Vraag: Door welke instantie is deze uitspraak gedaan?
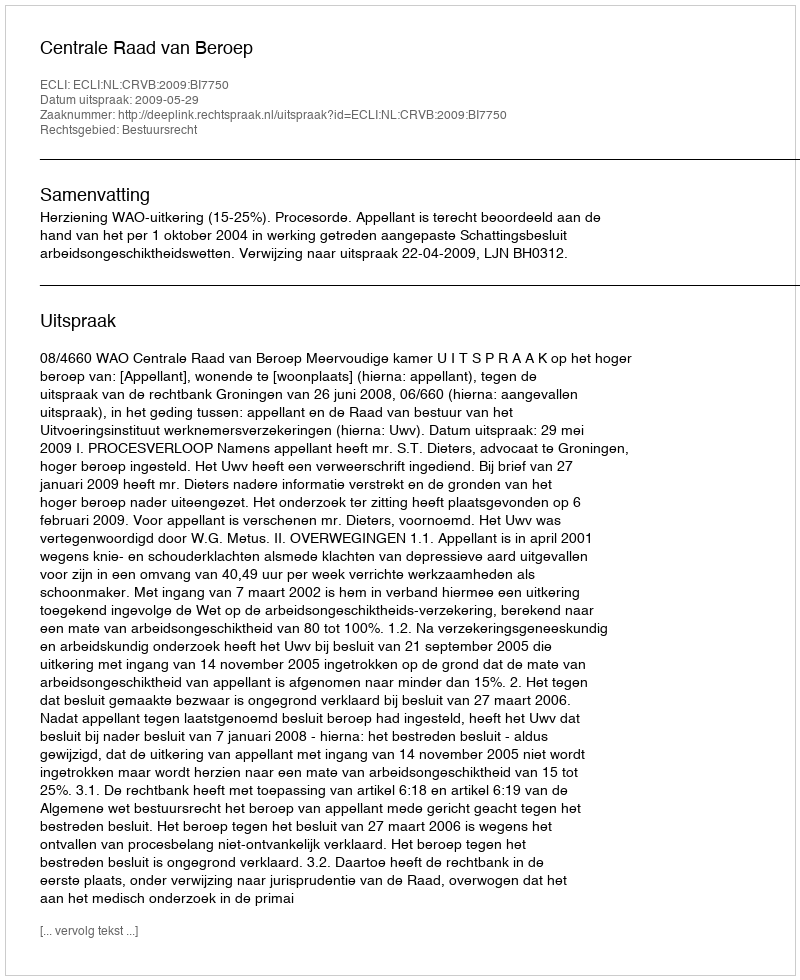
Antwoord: Centrale Raad van Beroep